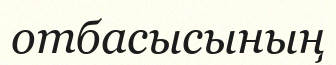
отбасысының